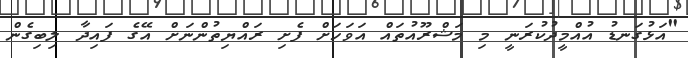
"އަޅުގަނޑު އުއްމީދުކުރަނީ މި މަޝްރޫއުތައް އަވަހަށް ފެށި ރައްޔިތުންނަށް އޭގެ ފައިދާ ލިބިގެން